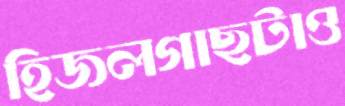
হিজলগাছটাও